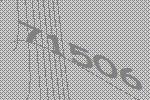
71506